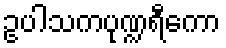
ဥပါသကပုဏ္ဍရီကော